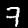
Label: 7